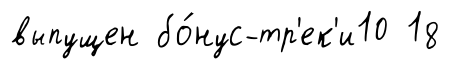
выпущен бо́нус-тр'ек'и10 18